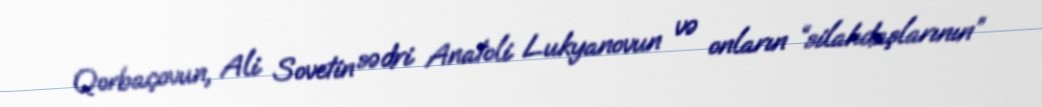
Qorbaçovun, Ali Sovetin sədri Anatoli Lukyanovun və onların “silahdaşlarının”